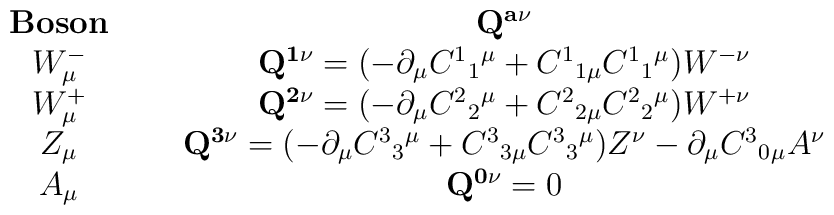
\begin{array}{cc}{\bf{Boson}} \; \; \; \; \;  & {\bf{Q^{a \nu}}} \\ W^{-}_{\mu} \; \; \; \; \; & {\bf{Q^{1 \nu}}}=(-\partial_{\mu}C^{1}{}_{1}{}^{\mu} + C^{1}{}_{1\mu}C^{1}{}_{1}{}^{\mu})W^{- \nu} \\W^{+}_{\mu} \; \; \; \; \; & {\bf{Q^{2 \nu}}}=(-\partial_{\mu}C^{2}{}_{2}{}^{\mu} + C^{2}{}_{2\mu}C^{2}{}_{2}{}^{\mu})W^{+ \nu} \\Z_{\mu} \; \; \; \; \; & {\bf{Q^{3 \nu}}}=(-\partial_{\mu}C^{3}{}_{3}{}^{\mu} + C^{3}{}_{3\mu}C^{3}{}_{3}{}^{\mu})Z^{\nu} -\partial_{\mu}C^{3}{}_{0}{}_{\mu}A^{\nu} \\ A_{\mu} \; \; \; \; \; &{\bf{Q^{0 \nu}}}=0\end{array}